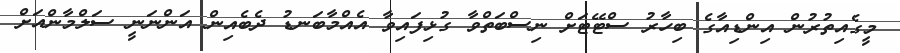
މީގެއިތުރުން އިންޑިއާގެ ބިހާރު ސްޓޭޓަށް ނިސްބަތްވާ ގުޅިފައިވާ އެއްމާބަނޑު ދެބެއިން އަންނަނީ ސަލްމާންއަށް